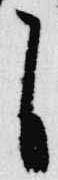
自